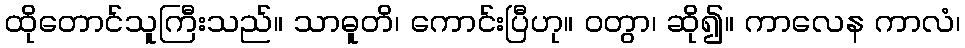
ထိုတောင်သူကြီးသည်။ သာဓူတိ၊ ကောင်းပြီဟု။ ဝတွာ၊ ဆို၍။ ကာလေန ကာလံ၊